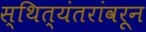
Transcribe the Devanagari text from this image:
स्थित्यंतरांवरून